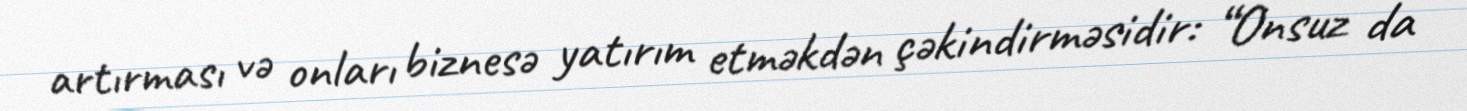
artırması və onları biznesə yatırım etməkdən çəkindirməsidir: “Onsuz da